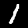
Digit: 1